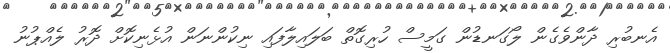
އެނބުރި ދާންވެގެން ލޯގަނޑުން ގަމީސް ހުރިގޮތް ބަލައިލާފައި ނިކުންނަން އުޅެނިކޮށް ދޮރު ލެއްޕުނު